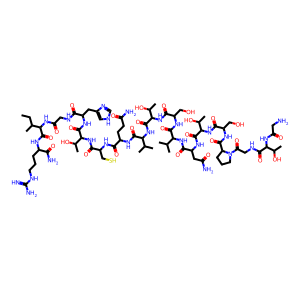
SMILES: CCC(C)C(NC(=O)CNC(=O)C(Cc1c[nH]cn1)NC(=O)C(NC(=O)C(CS)NC(=O)C(CCC(N)=O)NC(=O)C(NC(=O)C(NC(=O)C(CO)NC(=O)C(NC(=O)C(CC(N)=O)NC(=O)C(NC(=O)C(CO)NC(=O)C1CCCN1C(=O)CNC(=O)C(NC(=O)CN)C(C)O)C(C)O)C(C)C)C(C)O)C(C)C)C(C)O)C(=O)NC(CCCNC(=N)N)C(N)=O
Inhibits HIV replication: No